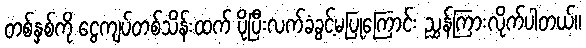
တစ်နှစ်ကို ငွေကျပ်တစ်သိန်းထက် ပိုပြီးလက်ခံခွင့်မပြုကြောင်း ညွှန်ကြားလိုက်ပါတယ်။